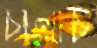
চালাচ